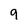
Character: 9